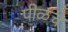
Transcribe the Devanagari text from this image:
पीळचे